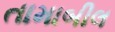
તામાબીલ